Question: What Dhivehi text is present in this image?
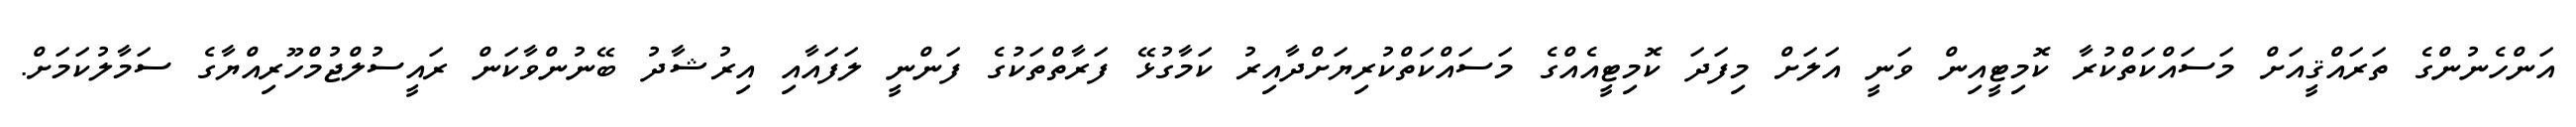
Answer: އަންހެނުންގެ ތަރައްޤީއަށް މަސައްކަތްކުރާ ކޮމިޓީއިން ވަނީ އަލަށް މިފަދަ ކޮމިޓީއެއްގެ މަސައްކަތްކުރިޔަށްދާއިރު ކަމާގުޅޭ ފަރާތްތަކުގެ ފަންނީ ލަފައާއި އިރުޝާދު ބޭނުންވާކަން ރައީސުލްޖުމްހޫރިއްޔާގެ ސަމާލުކަމަށް.